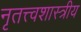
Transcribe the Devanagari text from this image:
नृतत्त्वशास्त्रीय